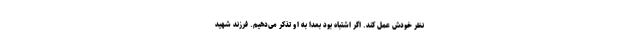
نظر خودش عمل کند. اگر اشتباه بود بعدا به او تذکر می‌دهیم. فرزند شهید